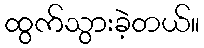
ထွက်သွားခဲ့တယ်။